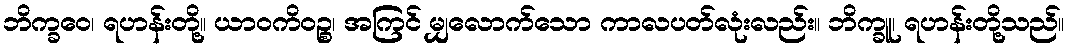
ဘိက္ခဝေ၊ ရဟန်းတို့။ ယာဝကိဝဉ္စ၊ အကြင် မျှလောက်သော ကာလပတ်လုံးလည်း။ ဘိက္ခူ၊ ရဟန်းတို့သည်။